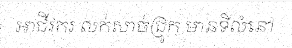
អាជីវករ លក់សាច់ជ្រូក មានទីលំនៅ